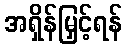
အရှိန်မြှင့်ရန်